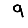
Digit: 9